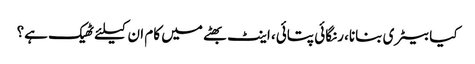
کیا بیٹری بنانا، رنگائی پتائی، اینٹ بھٹے میں کام ان کیلئے ٹھیک ہے؟